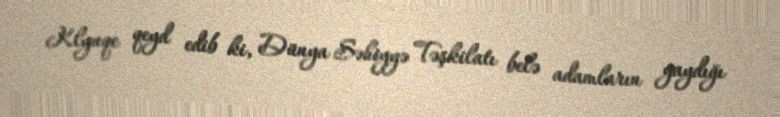
Klyuqe qeyd edib ki, Dünya Səhiyyə Təşkilatı belə adamların yaydığı